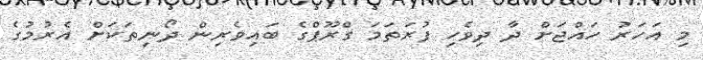
މި އަހަރު ހައްޖަށް ދާ ދިވެހި ފުރަތަމަ ގްރޫޕްގެ ބައިވެރިން ދޯނިތަކަށް އެރުމުގެ